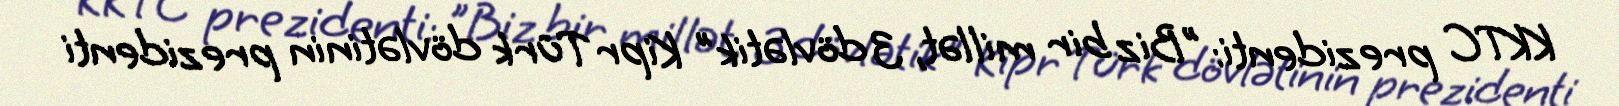
KKTC prezidenti: "Biz bir millət, 3 dövlətik" Kipr Türk dövlətinin prezidenti